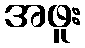
အဖူး